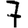
Digit: 7